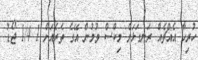
ހުރިހާ އެއްޗެއް ރަނގަޅަށް މިކްސް ވުމުން އޭގެ ތެރެއަށް 1 1/4 ޖޯޑު